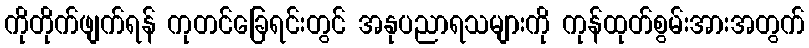
ကိုတိုက်ဖျက်ရန် ကုတင်ခြေရင်းတွင် အနုပညာရသများကို ကုန်ထုတ်စွမ်းအားအတွက်